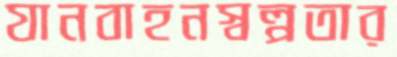
যানবাহনস্বল্পতার